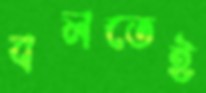
বলতেই